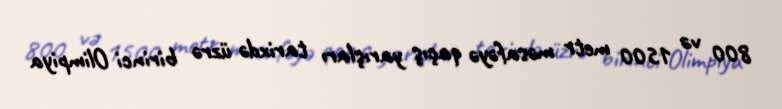
800 və 1500 metr məsafəyə qaçış yarışları tarixdə üzrə birinci Olimpiya